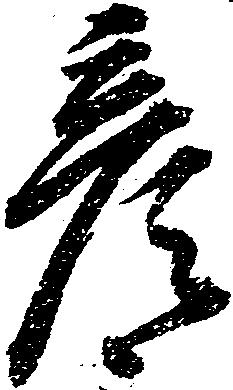
彦